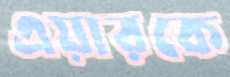
এয়ারকে